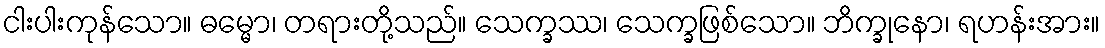
ငါးပါးကုန်သော။ ဓမ္မော၊ တရားတို့သည်။ သေက္ခဿ၊ သေက္ခဖြစ်သော။ ဘိက္ခုနော၊ ရဟန်းအား။